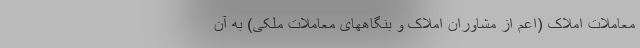
معاملات املاک (اعم از مشاوران املاک و بنگاههای معاملات ملکی) به آن